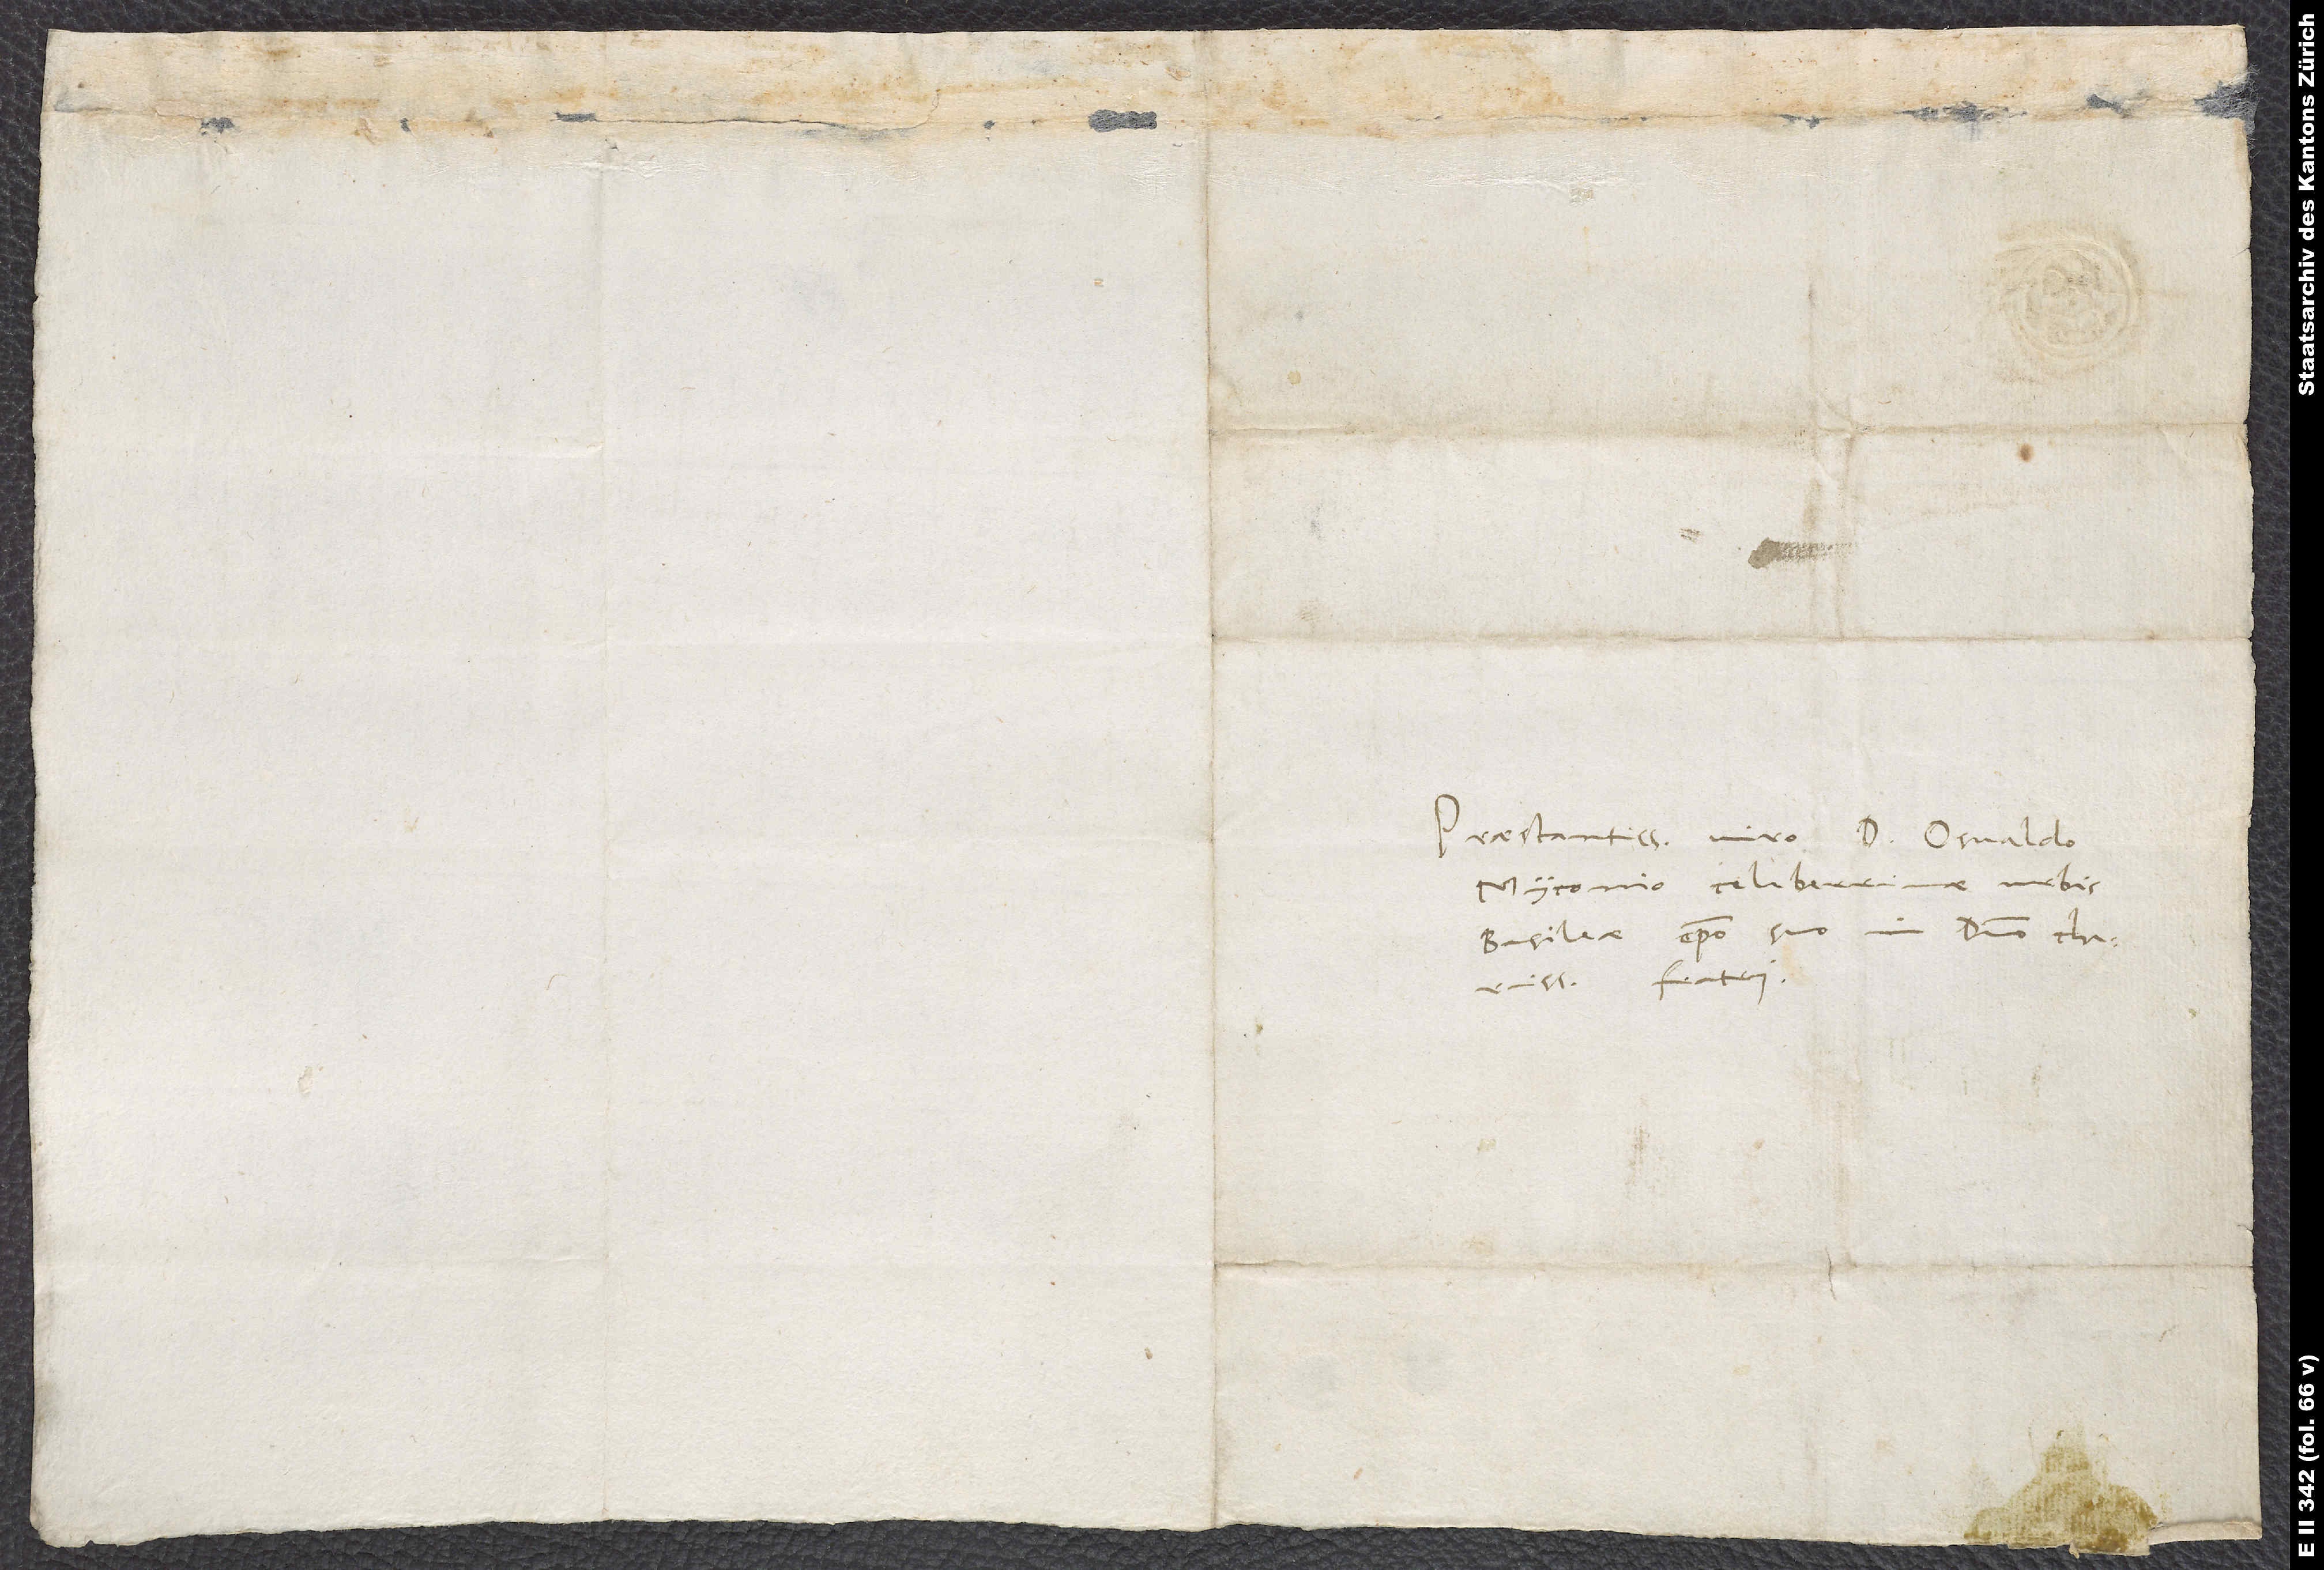
Praestantissimo viro d. Osvaldo
Myconio, celeberrimae urbis
Basileae episcopo, suo in domino charissimo
fratri.